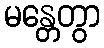
မန္တေတွာ